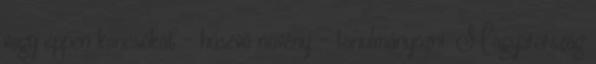
vagy éppen kancsókát - húsevő növény - tanulmányozni. Magyarország